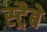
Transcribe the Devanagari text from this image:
स्ट्रैबे